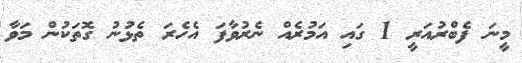
މީނަ ފެބްރުއަރީ 1 ގައި އަމުރެއް ނެރުވާފަ އެހެރަ ތެޅުނު ގޮތަކުން މަވާ